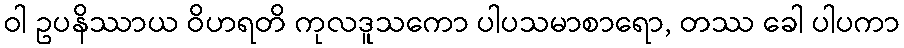
ဝါ ဥပနိဿာယ ဝိဟရတိ ကုလဒူသကော ပါပသမာစာရော, တဿ ခေါ ပါပကာ